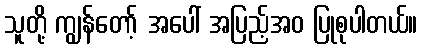
သူတို့ ကျွန်တော့် အပေါ် အပြည့်အဝ ပြုစုပါတယ်။